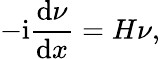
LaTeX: -\mathrm{i}\frac{\mathrm{d}\nu}{\mathrm{d}x}=H\nu,